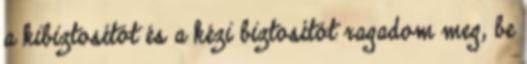
a kibiztosítót és a kézi biztosítót ragadom meg, be